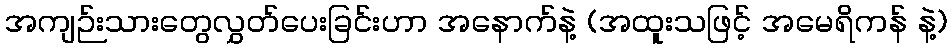
အကျဉ်းသားတွေလွှတ်ပေးခြင်းဟာ အနောက်နဲ့ (အထူးသဖြင့် အမေရိကန် နဲ့)